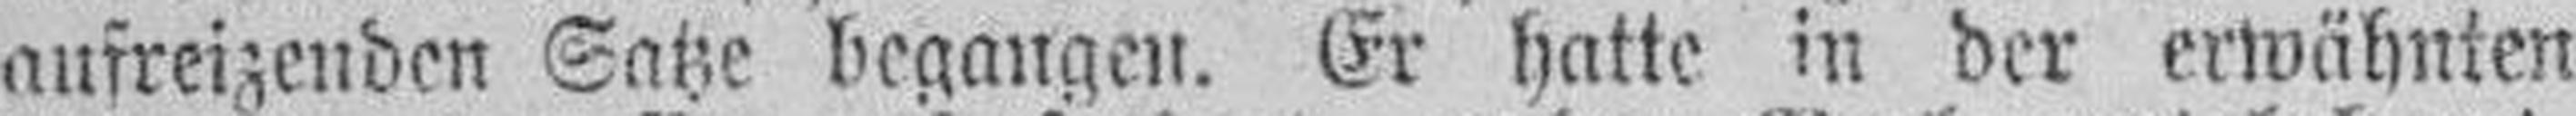
aufreizenden Satze begangen. Er hatte in der erwähnten